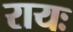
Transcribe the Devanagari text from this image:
रायः